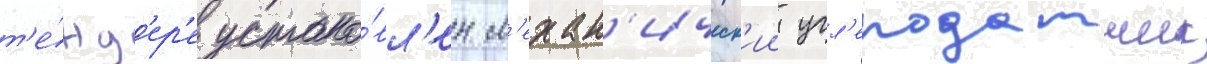
т'е́нд'ер'е устано́вл'ен м'ехан'ическ'ии угл'еподатчик